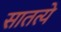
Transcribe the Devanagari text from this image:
सातत्ये